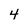
Character: 4